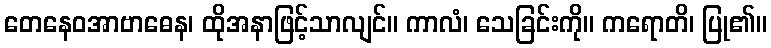
တေနေဝအာဗာဓေန၊ ထိုအနာဖြင့်သာလျင်။ ကာလံ၊ သေခြင်းကို။ ကရောတိ၊ ပြု၏။